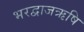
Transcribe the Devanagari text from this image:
भरद्वाजऋषि